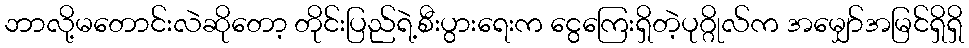
ဘာလို့မတောင်းလဲဆိုတော့ တိုင်းပြည်ရဲ့စီးပွားရေးက ငွေကြေးရှိတဲ့ပုဂ္ဂိုလ်က အမျှော်အမြင်ရှိရှိ